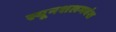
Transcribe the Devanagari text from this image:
स्यूनशलभवंश